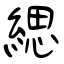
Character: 緦